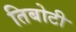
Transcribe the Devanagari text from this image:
तिबोटी